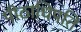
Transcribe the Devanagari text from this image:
पीठाधिपति